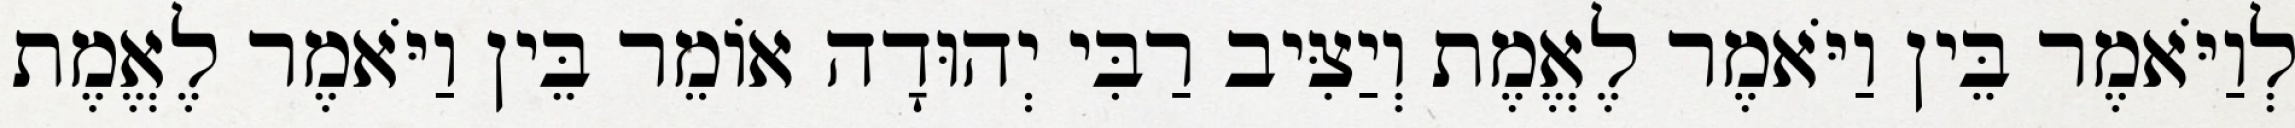
לְוַיֹּאמֶר בֵּין וַיֹּאמֶר לֶאֱמֶת וְיַצִּיב רַבִּי יְהוּדָה אוֹמֵר בֵּין וַיֹּאמֶר לֶאֱמֶת